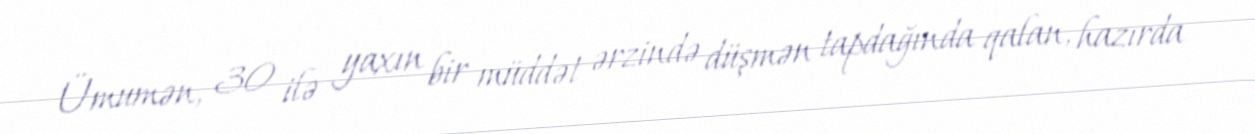
Ümumən, 30 ilə yaxın bir müddət ərzində düşmən tapdağında qalan, hazırda